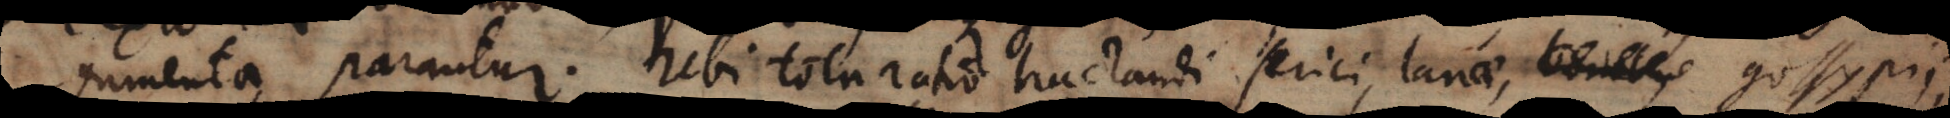
gumenta parantur. Ubi tota ratio tractandi serici, lanae, bomby